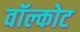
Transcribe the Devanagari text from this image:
वॉल्कोट